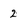
Character: 2